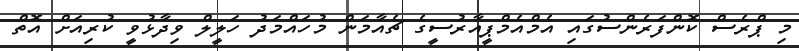
މި ޕްރެސް ކޮންފަރެންސުގައި އެމްއެމްޕީއާރުސީގެ ޗެއާމަން މުހައްމަދު ހަލީލް ވިދާޅުވީ ކުރިއަށް އޮތް